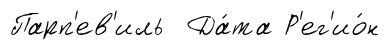
Парп'ев'иль Да́та Р'ег'ио́н